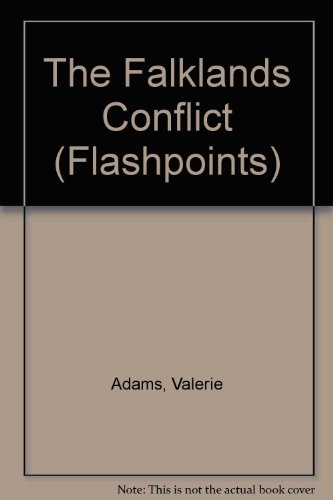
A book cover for The Falklands Conflict (Flashpoints); Valerie Adams; Children's Books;